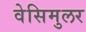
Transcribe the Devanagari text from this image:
वेसिमुलर